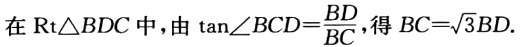
在$\text{Rt}\triangle BDC$中，由$\tan\angle BCD = \frac{BD}{BC}$，得$BC = \sqrt{3}BD$.